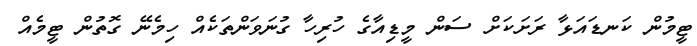
ޓީމުން ކަނޑައަޅާ ރަށަކަށް ސަން މީޑިއާގެ ހުރިހާ ގުނަވަންތަކެއް ހިމެނޭ ގޮތުން ޓީމެއް